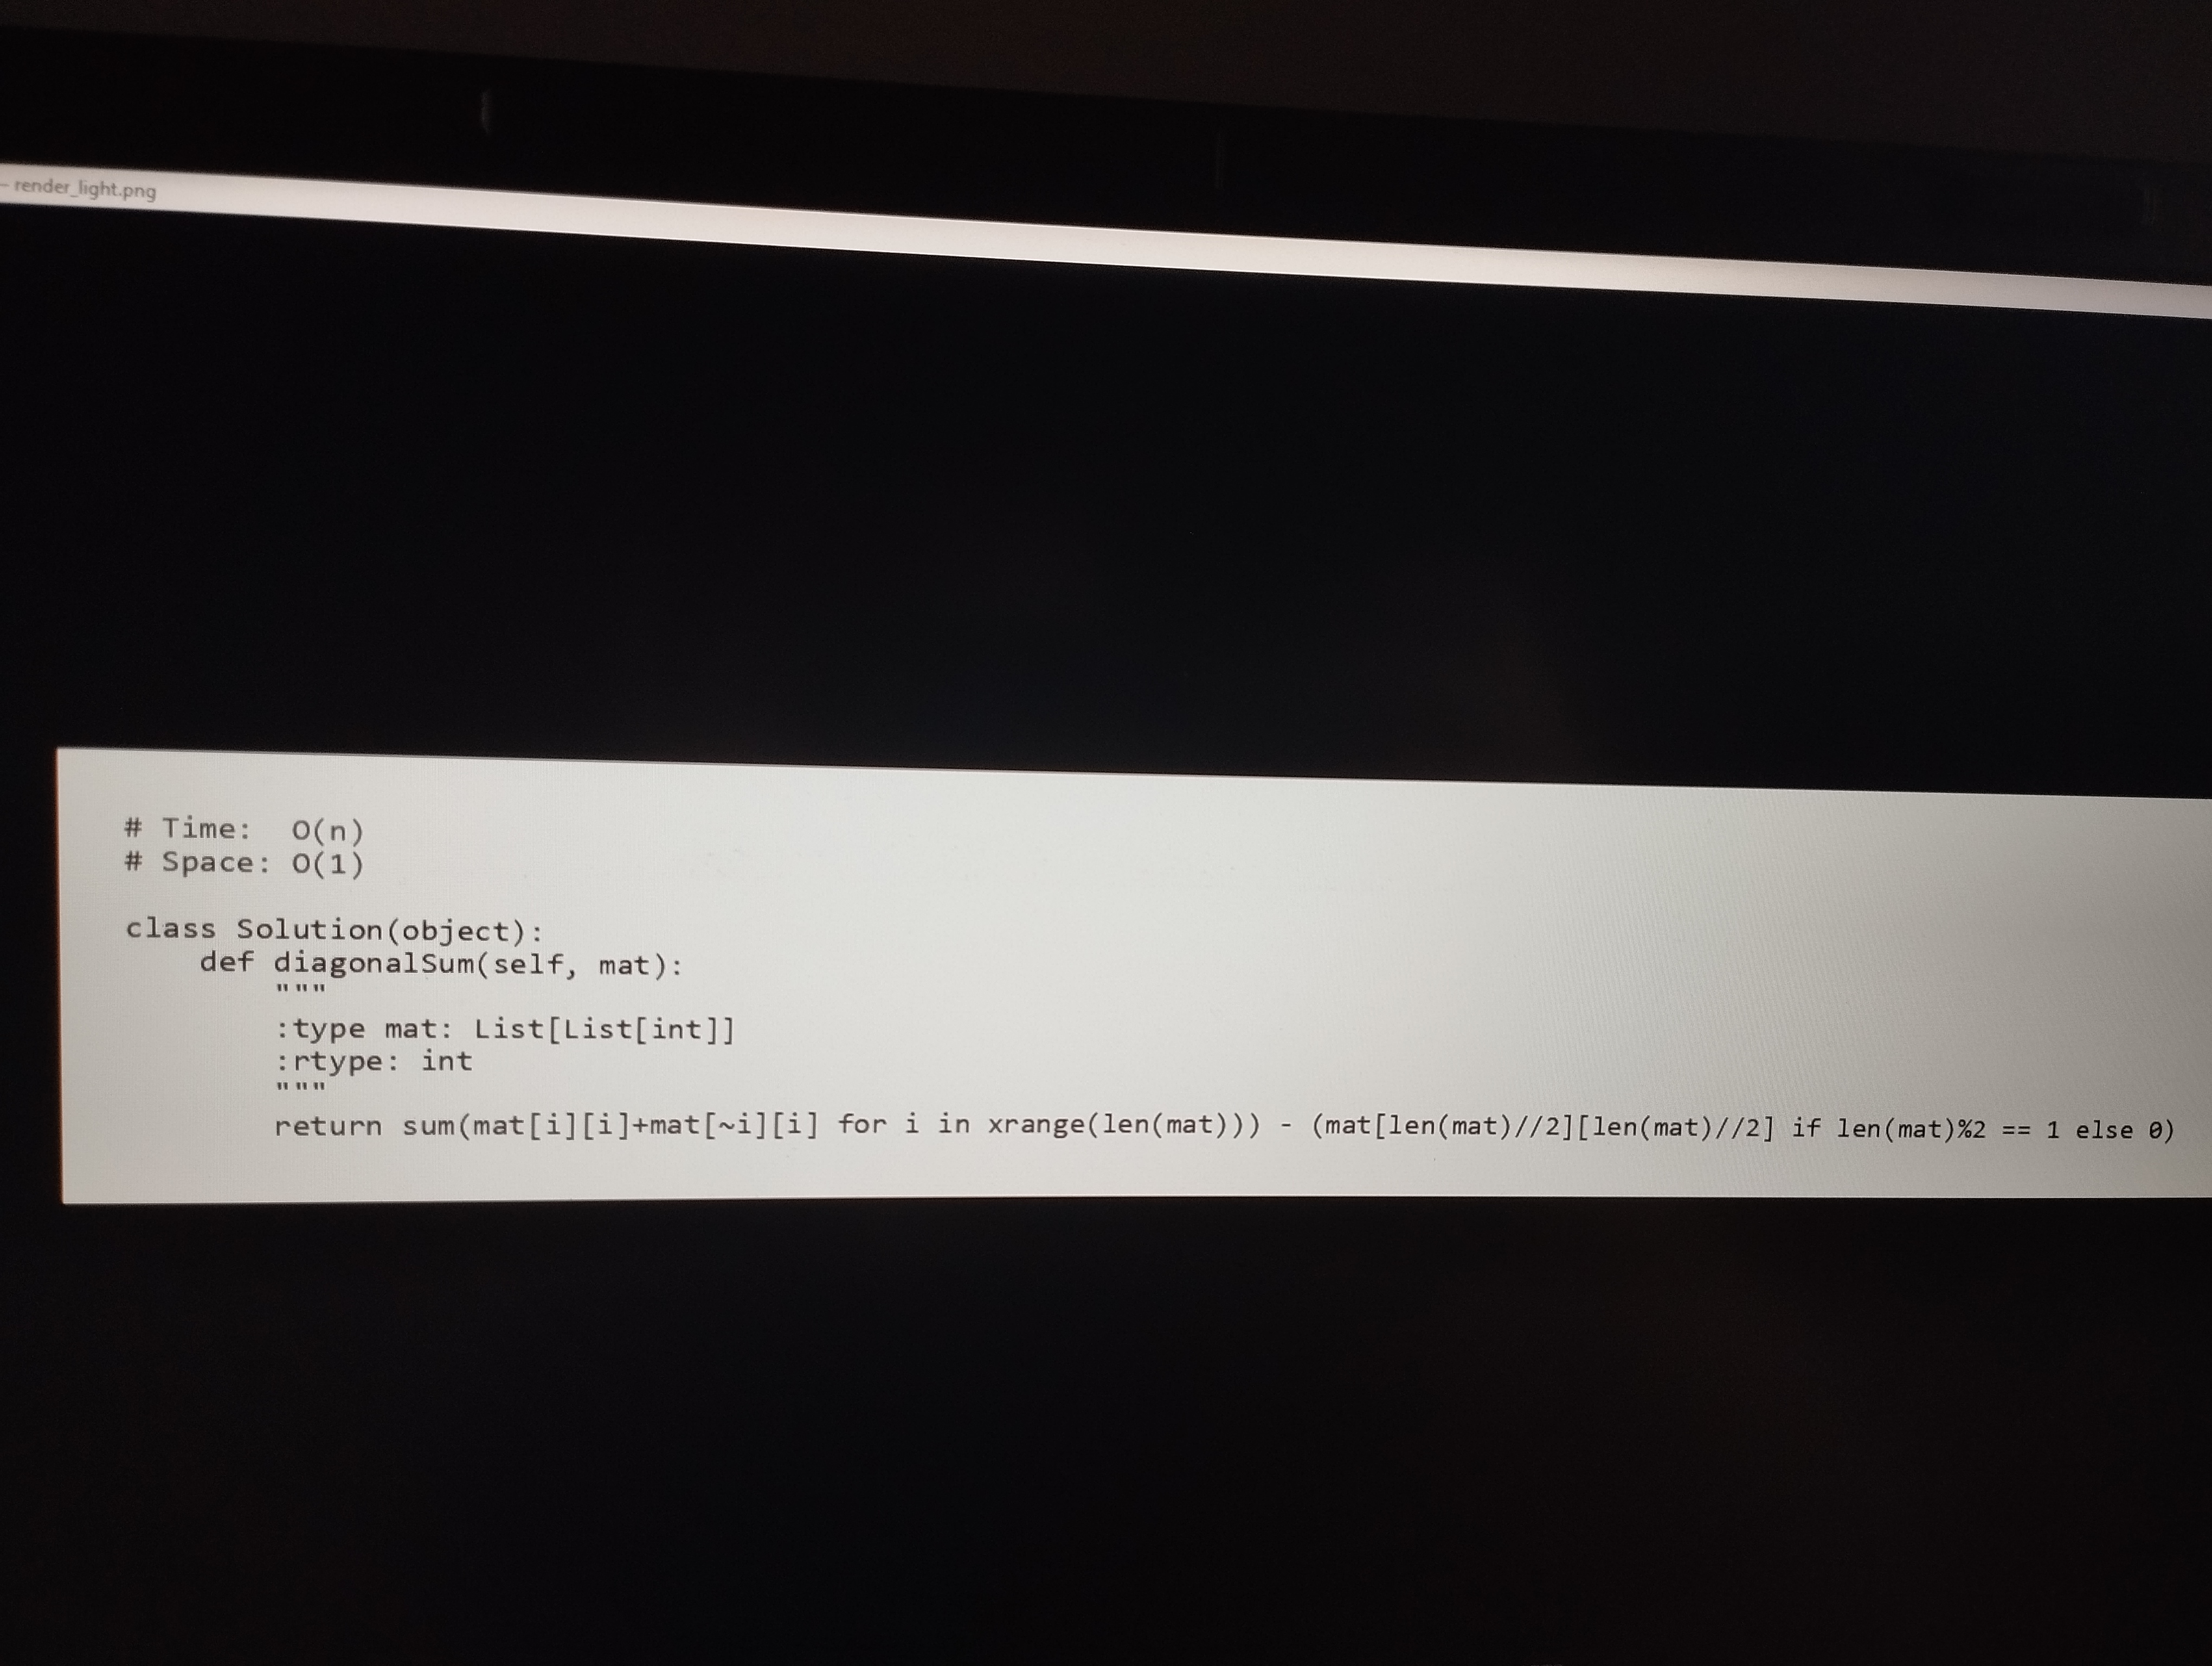
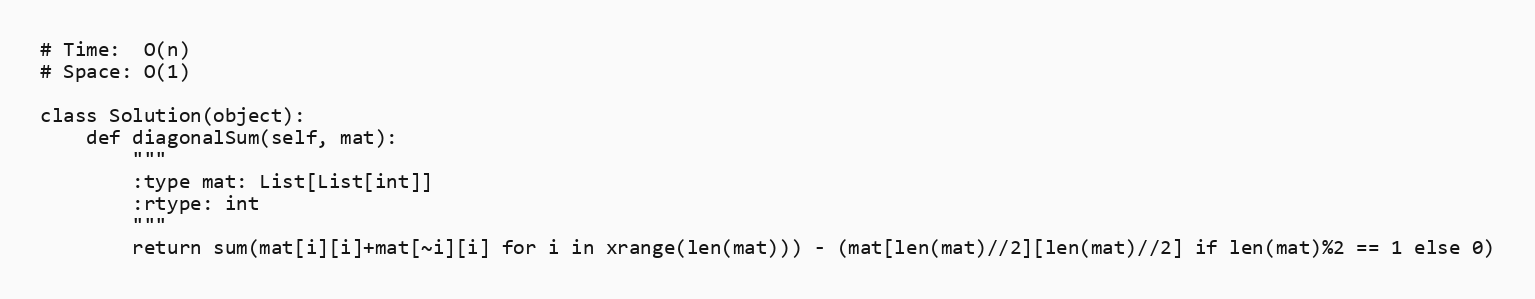
# Time:  O(n)
# Space: O(1)

class Solution(object):
    def diagonalSum(self, mat):
        """
        :type mat: List[List[int]]
        :rtype: int
        """
        return sum(mat[i][i]+mat[~i][i] for i in xrange(len(mat))) - (mat[len(mat)//2][len(mat)//2] if len(mat)%2 == 1 else 0)